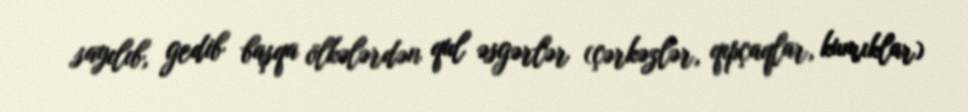
sayılıb, gedib başqa ölkələrdən qul əsgərlər (çərkəzlər, qıpçaqlar, kumıklar)